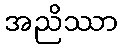
အညိဿာ